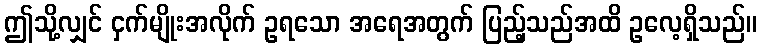
ဤသို့လျှင် ငှက်မျိုးအလိုက် ဥရသော အရေအတွက် ပြည့်သည်အထိ ဥလေ့ရှိသည်။